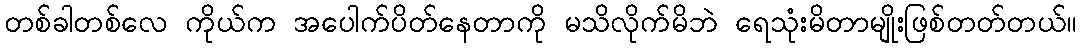
တစ်ခါတစ်လေ ကိုယ်က အပေါက်ပိတ်နေတာကို မသိလိုက်မိဘဲ ရေသုံးမိတာမျိုးဖြစ်တတ်တယ်။